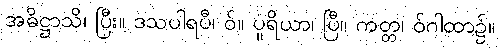
အဓိဋ္ဌာသိ၊ ပြီး။ ဒသပါရပီ၊ ဝ်။ ပူရိယာ၊ ပြီ။ ကတ္တ၊ ဝ်ဂါထာ၌။